Burma Government Medical School reports 1907-22
Year: 1907
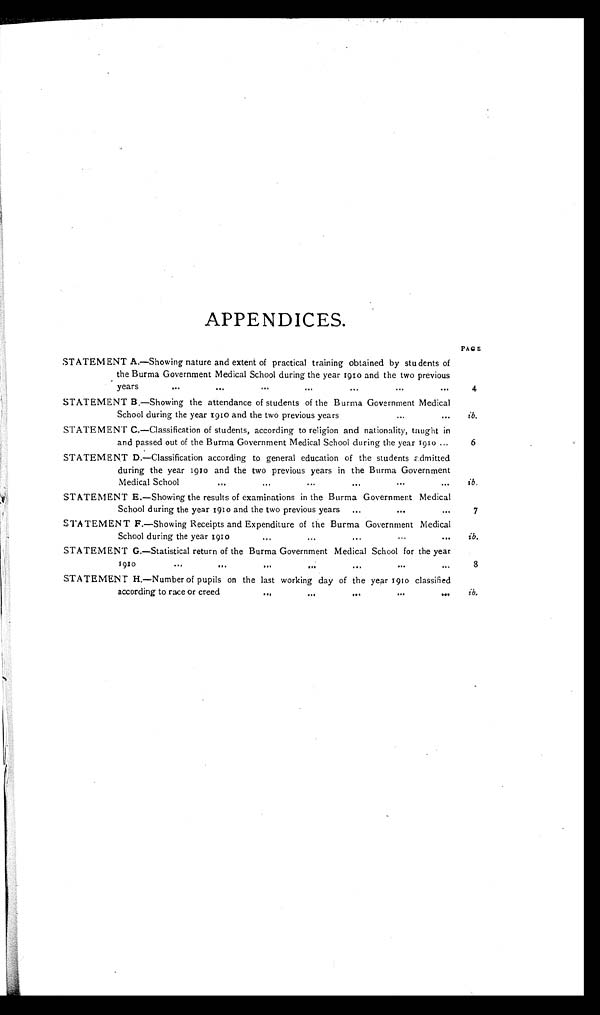
APPENDICES.
P A G E
STATEMENT A.—Showing nature and extent of practical training obtained by students of
the Burma Government Medical School during the year 1910 and the two previous
years
...
...
...
...
...
...
. . .
4
STATEMENT B.—Showing the attendance of students of the Burma Government Medical
School during the year 1910 and the two previous years
. . .
. . .
ib.
STATEMENT C.—Classification of students, according to religion and nationality, taught in
and passed out of the Burma Government Medical School during the year 1910 ...
6
STATEMENT D.—Classification according to general education of the students admitted
during the year 1910 and the two previous years in the Burma Government
Medical School
...
...
...
...
...
. . .
ib.
STATEMENT E.—Showing the results of examinations in the Burma Government Medical
School during the year1910 and the two previous years
...
. . .
...
7
STATEMENT F.—Showing Receipts and Expenditure of the Burma Government Medical
School during the year 1910
... ...
...
... ...
ib.
STATEMENT G.—Statistical return of the Burma Government Medical School for the year
1910
...
...
...
...
. . . . . .
. . .
8
STATEMENT H.—Number of pupils on the last working day of the year 1910 classified
according to race or creed
...
... ...
...
...
ib.